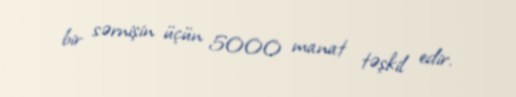
bir sərnişin üçün 5000 manat təşkil edir.